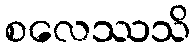
စလေဿသိ